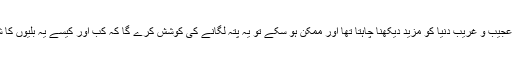
وہ اس عجیب و غریب دنیا کو مزید دیکھنا چاہتا تھا اور ممکن ہو سکے تو یہ پتہ لگانے کی کوشش کرے گا کہ کب اور کیسے یہ بلّیوں کا شہر بنا۔